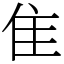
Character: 隹